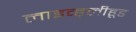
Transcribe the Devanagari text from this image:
लाइव्ह्‌लीहूड